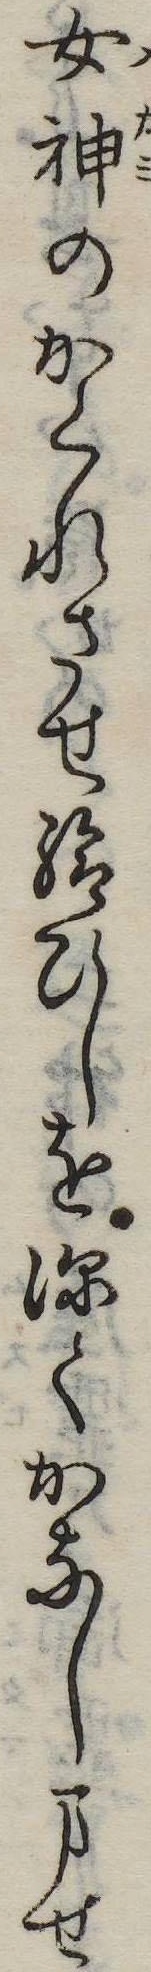
女神のかくれさせ給ひしを深くかなしませ